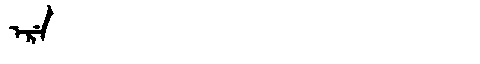
Manchu: ᡝᡵᡝ
Romanization: ERE